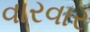
વારવાર